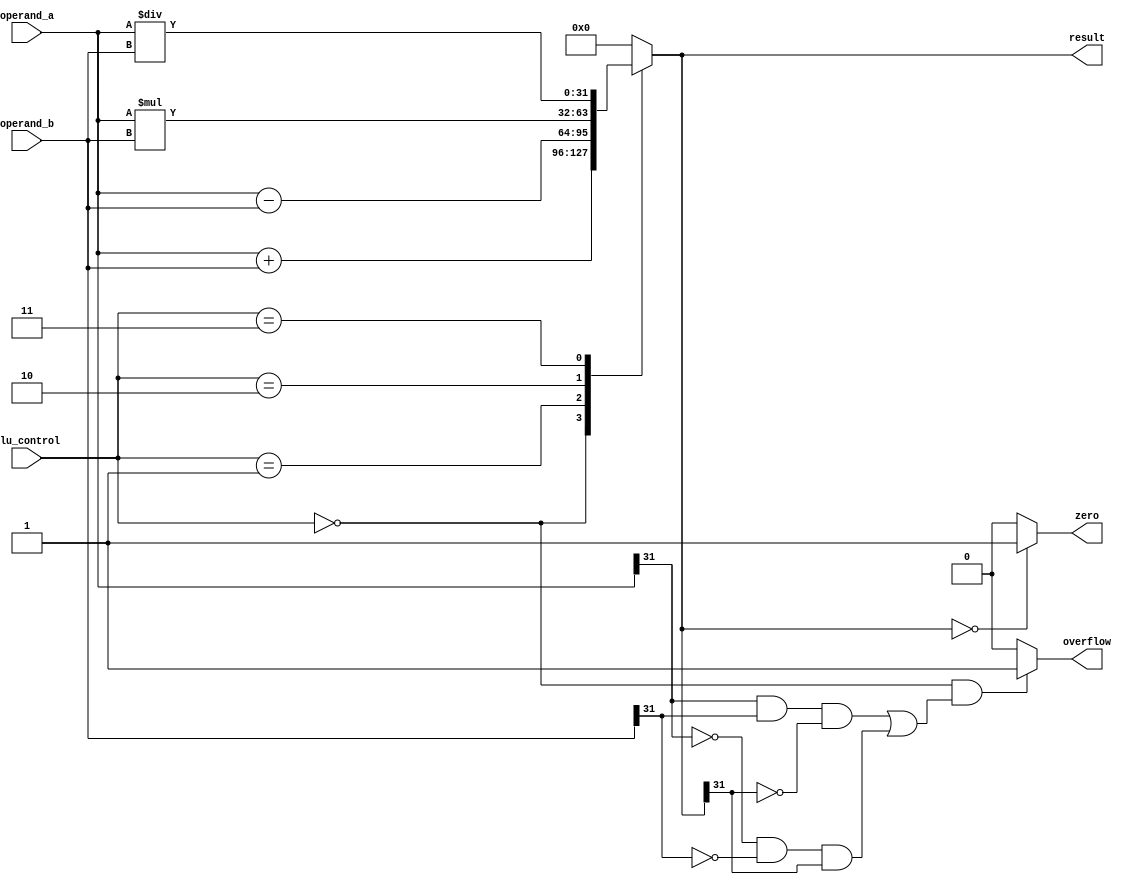
module alu (
  input [31:0] operand_a,
  input [31:0] operand_b,
  input [2:0] alu_control,
  output reg [31:0] result,
  output reg zero,
  output reg overflow
);

always @(*)
begin
  case (alu_control)
    3'b000: result = operand_a + operand_b; // addition
    3'b001: result = operand_a - operand_b; // subtraction
    3'b010: result = operand_a * operand_b; // multiplication
    3'b011: result = operand_a / operand_b; // division
    default: result = 32'h00000000; // default case
  endcase
  
  zero = (result == 32'h00000000) ? 1'b1 : 1'b0; // check for zero result
  
  if (alu_control == 3'b000 && ((operand_a[31] == 1 && operand_b[31] == 1 && result[31] == 0) || (operand_a[31] == 0 && operand_b[31] == 0 && result[31] == 1)))
    overflow = 1'b1; // check for addition overflow
  else
    overflow = 1'b0;
end

endmodule